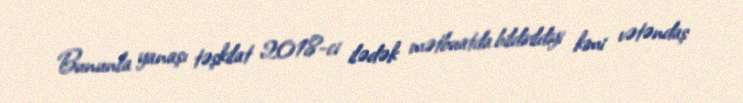
Bununla yanaşı təşkilat 2018-ci ilədək mətbuatda bildirildiyi kimi vətəndaş